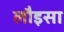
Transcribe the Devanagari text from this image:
लौइसा